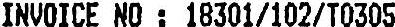
INVOICE NO : 18301/102/T0305